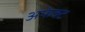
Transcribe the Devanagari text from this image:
अफेक्ट